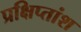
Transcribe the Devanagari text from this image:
प्रक्षिप्तांश